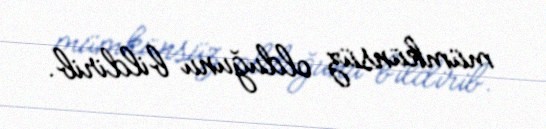
mümkünsüz olduğunu bildirib.